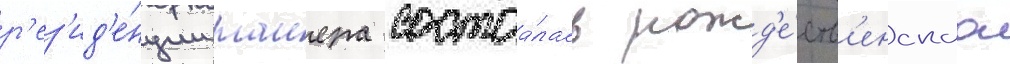
р'ез'ид'е́нции таиера состоа́лась рожд'е́ств'енскаа